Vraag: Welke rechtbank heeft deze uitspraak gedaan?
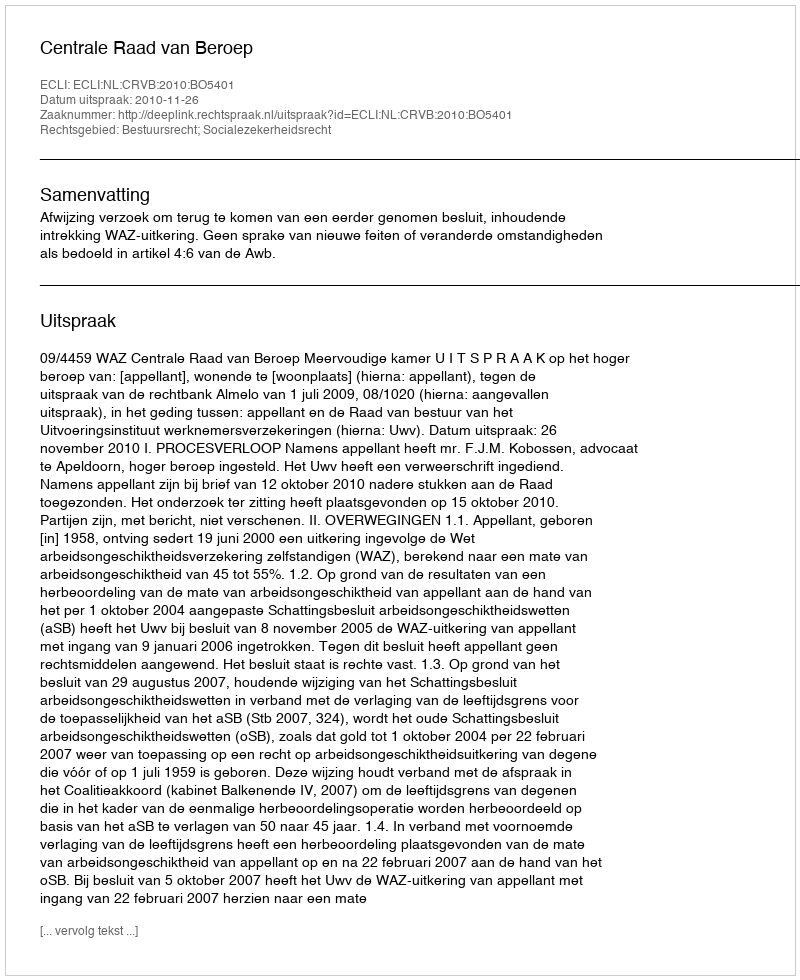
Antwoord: Centrale Raad van Beroep